Medical and sanitary report of the native army of Bengal for the year
Year: 1876
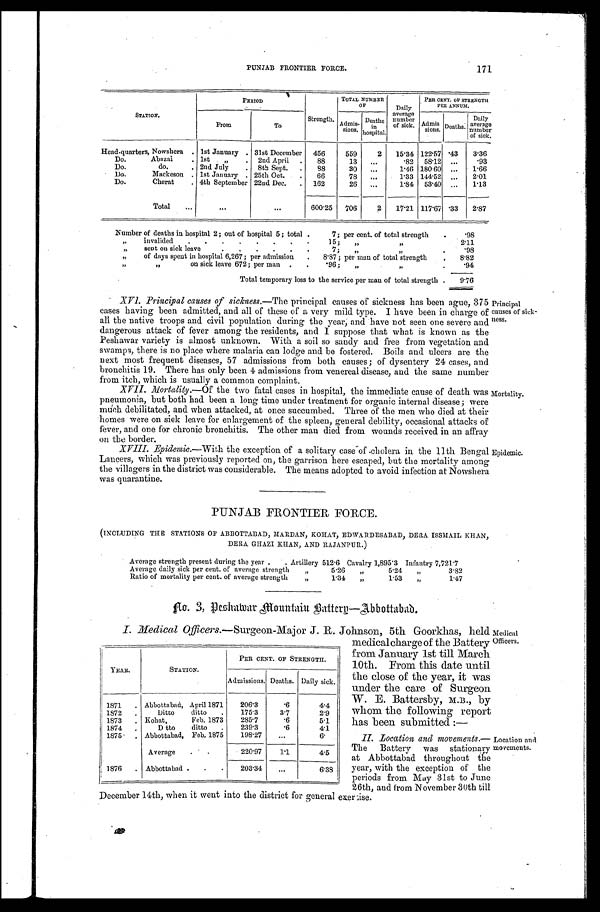
171
PUNJAB FRONTIER FORCE.
STATION.
PERIOD
Strength.
TOTAL NUMBER
OF
Daily
average number of sick.
PER CENT. OF STRENGTH
PER ANNUM.
From
To
Admis- sions.
Deaths i n
hospital.
Admis sions.
D e a t h s .
Daily
average
of sick.
Head-quarters, Nowshera 1st January 31st December 456
559
2 15.34 122.57 .43 3.36
Do. Abazai
1st „
2nd April
88
13
.82 58.12
.93
Do. do
2nd July
8th Sept.
88
30
1.46 180.60
1.66
Do. Mackeson 1st January 25th Oct.
66
78
1.33 144.52
2.01
Do. Cherat
4th September 22nd Dec.
162
26
1.84 53.40
1.13
Total
600.25 706
2 17.21 117.67 .33 2.87
Number of deaths in hospital 2; out of hospital 5; total 7; per cent, of total strength .98
„ invalided 15; „ „
2 . 1 1
„ sent on sick leave 7;
„ „
.98
„ of days spent in hospital 6,267; per admission 8.87; per man of total strength
8.82
„ „ on sick leave 672; per man .96; „
„
.94
Total temporary loss to the service per man of total strength
9 . 7 6
XVI. Principal causes of sickness.—The principal causes of sickness has been ague, 375
cases having been admitted, and all of these of a very mild type. I have been in charge of
all the native troops and civil population during the year, and have not seen one severe and
dangerous attack of fever among the residents, and I suppose that what is known as the
Peshawar variety is almost unknown. With a soil so sandy and free from vegetation and
swamps, there is no place where malaria can lodge and be fostered. Boils and ulcers are the
next most frequent diseases, 57 admissions from both causes; of dysentery 24 cases, and
bronchitis 19. There has only been 4 admissions from venereal disease, and the same number
from itch, which is usually a common complaint.
XVII. Mortality.—Of the two fatal cases in hospital, the immediate cause of death was
pneumonia, but both had been a long time under treatment for organic internal disease; were
much debilitated, and when attacked, at once succumbed. Three of the men who died at their
homes were on sick leave for enlargement of the spleen, general debility, occasional attacks of
fever, and one for chronic bronchitis. The other man died from wounds received in an affray
on the border.
XVIII. Epidemic.—With the exception of a solitary case of cholera in the 11th Bengal
Lancers, which was previously reported on, the garrison here escaped, but the mortality among
the villagers in the district was considerable. The means adopted to avoid infection at Nowshera
was quarantine.
Principal
causes of sick
-
ness.
Mortality.
Epidemic.
PUNJAB FRONTIER FORCE.
(INCLUDING THE STATIONS OF ABBOTTABAD, MARDAN, KOHAT, EDWARDESABAD, DERA ISSMAIL KHAN
,
DERA GHAZI KHAN, AND RAJANPUR.)
Average strength present during the year Artillery 512.6 Cavalry 1,895.3 Infantry 7, 721. 7
Average daily sick per cent. of average strength „ 5.26 „ 5.24
„
3.82
Ratio of mortality per cent. of average strength „ 1.34 „ 1.53 „
1.47
No. 3, Peshawar Mountain Battery—Abbottabad.
YEAR.
STATION.
PER CENT. OF STRENGTH.
Admissions. Deaths. Daily sick.
1871
Abbottabad, April 1871 206.3
.6
4.4
1872
Ditto ditto
175.3
3.7
2.9
1873
Kohat, Feb. 1873 285.7
.6
5.1
1874
Ditto ditto 239.3
.6
4.1
1875
Abbottabad, Feb. 1875 198.27
6.
Average
220.97 1.1
4.5
1876
Abbottabad
203.34
6.38
I. Medical Officers. —Surgeon-Major J. R. Johnson, 5th Goorkhas, held
medical charge of the Battery
from January 1st till March
10th. From this date until
the close of the year, it was
under the care of Surgeon
W. E. Battersby, M.B., by
whom the following report
has been submitted:
—
II. Location and movements.
— T h e B a t t e r y w a s s t a t i o n a r y
at Abbottabad throughout the
year, with the exception of the
periods from May 31st to June
26th, and from November 30th till
December 14th, when it went into the district for general exercise.
Medical
Officers.
Location and
movements.